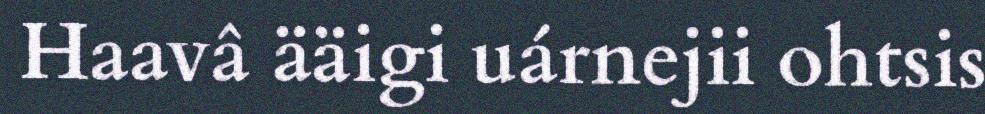
Haavâ ääigi uárnejii ohtsis